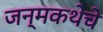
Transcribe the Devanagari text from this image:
जन्मकथेचे